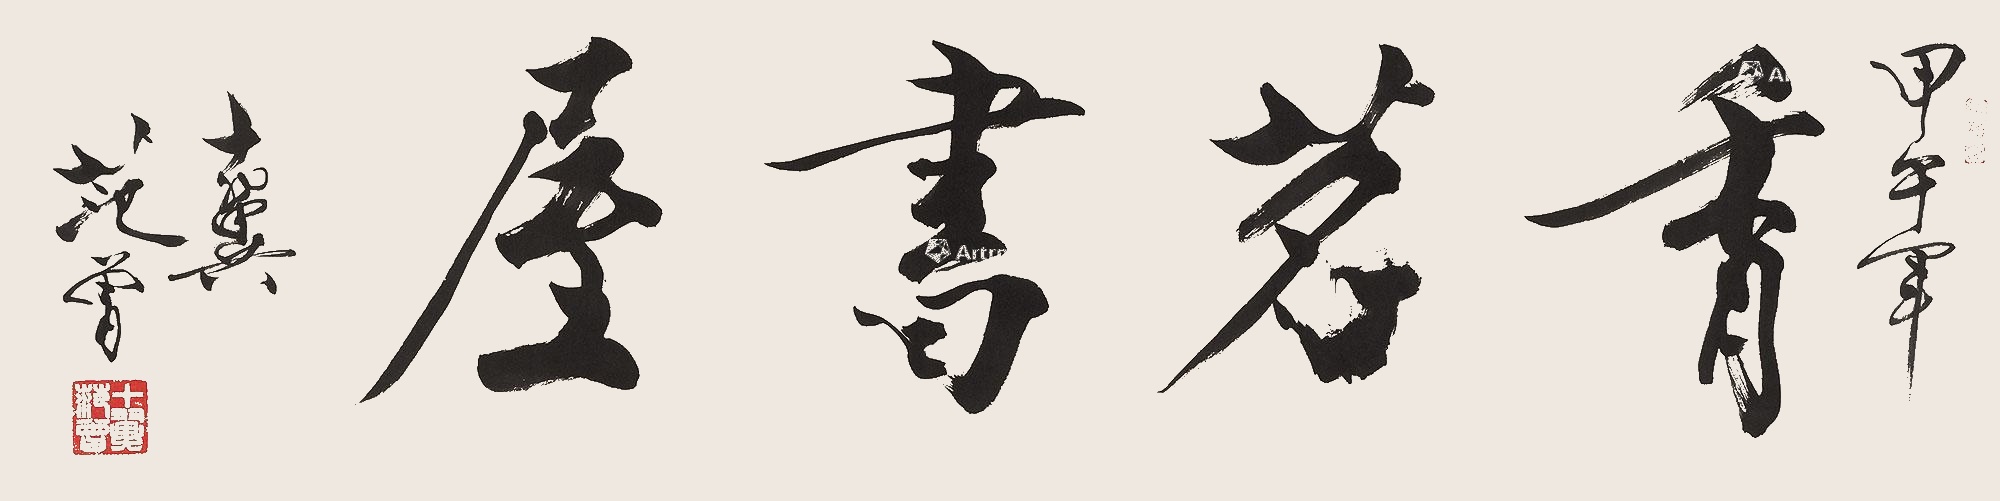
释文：香茗书屋。甲午年，十翼范曾。